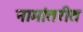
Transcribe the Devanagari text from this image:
नामांतरीत